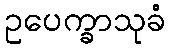
ဥပေက္ခာသုခံ